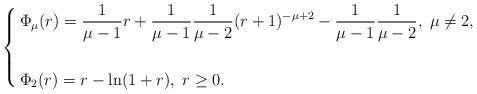
LaTeX: \begin{align*}\left\{\begin{aligned} &\Phi_\mu(r)=\frac{1}{\mu-1}r+\frac{1}{\mu-1}\frac{1}{\mu-2}(r+1)^{-\mu+2}-\frac{1}{\mu-1}\frac{1}{\mu-2},\;\mu\neq 2,\\ \,\\ &\Phi_2(r)=r-\ln(1+r),\;r\geq 0.\end{aligned}\right.\end{align*}